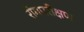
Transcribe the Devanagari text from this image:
रोगपरीक्षण